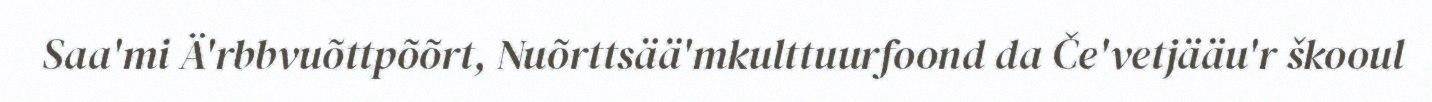
Saa'mi Ä'rbbvuõttpõõrt, Nuõrttsää'mkulttuurfoond da Če'vetjääu'r škooul